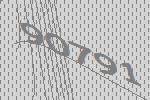
90791